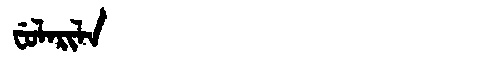
Manchu: ᠸᡠᠯᠠᡵᡳᠯᠠ
Romanization: FULARILA